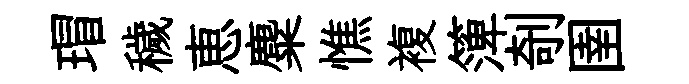
瑁穢恵麋憔複𥱼剞圉